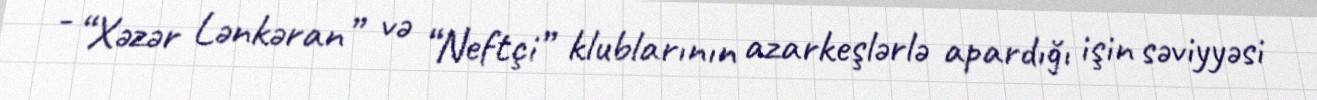
- “Xəzər Lənkəran” və “Neftçi” klublarının azarkeşlərlə apardığı işin səviyyəsi